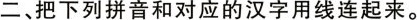
二、把下列拼音和对应的汉字用线连起来。